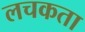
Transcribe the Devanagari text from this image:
लचकता